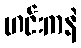
ဟင်းကနဲ